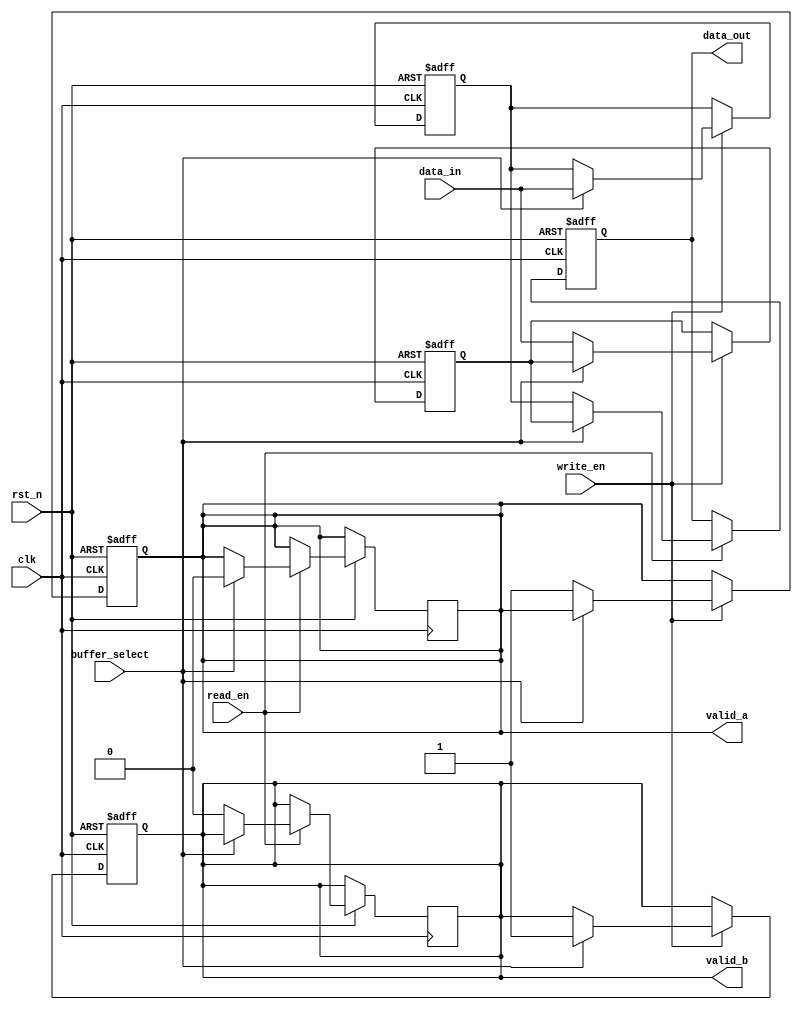
module double_buffer_register #(
    parameter DATA_WIDTH = 32  // Width of the data word
)(
    input wire clk,             // Clock signal
    input wire rst_n,           // Active low reset
    input wire write_en,        // Write enable signal
    input wire read_en,         // Read enable signal
    input wire buffer_select,    // Select which buffer to write to (0 for Buffer A, 1 for Buffer B)
    input wire [DATA_WIDTH-1:0] data_in,  // Input data
    output reg [DATA_WIDTH-1:0] data_out, // Output data
    output reg valid_a,         // Valid signal for Buffer A
    output reg valid_b          // Valid signal for Buffer B
);

    // Internal registers for Buffer A and Buffer B
    reg [DATA_WIDTH-1:0] buffer_a;
    reg [DATA_WIDTH-1:0] buffer_b;

    // Sequential logic for writing data to the selected buffer
    always @(posedge clk or negedge rst_n) begin
        if (!rst_n) begin
            buffer_a <= 0;
            buffer_b <= 0;
            valid_a <= 0;
            valid_b <= 0;
        end else begin
            if (write_en) begin
                if (buffer_select == 1'b0) begin
                    buffer_a <= data_in;   // Write to Buffer A
                    valid_a <= 1'b1;       // Set valid signal for Buffer A
                end else begin
                    buffer_b <= data_in;   // Write to Buffer B
                    valid_b <= 1'b1;       // Set valid signal for Buffer B
                end
            end
        end
    end

    // Sequential logic for reading data from the non-active buffer
    always @(posedge clk or negedge rst_n) begin
        if (!rst_n) begin
            data_out <= 0;
        end else begin
            if (read_en) begin
                if (buffer_select == 1'b0) begin
                    data_out <= buffer_b;  // Read from Buffer B when writing to Buffer A
                    valid_b <= 1'b0;       // Clear valid signal for Buffer B
                end else begin
                    data_out <= buffer_a;  // Read from Buffer A when writing to Buffer B
                    valid_a <= 1'b0;       // Clear valid signal for Buffer A
                end
            end
        end
    end

endmodule